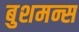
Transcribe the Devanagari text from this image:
बुशमन्स